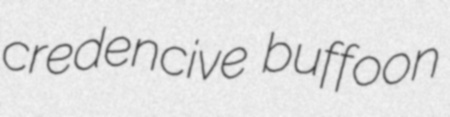
credencive buffoon